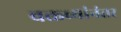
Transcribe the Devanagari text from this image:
वक्तव्यांनंतर